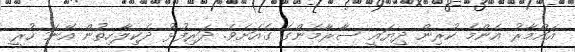
އައްމާރު އެންމެ ކުރިން ދިޔައީ ސާރާމެންގެ ގެއަށެވެ. ދަރިފުޅު ދެކިލާހިތުން އޭނަ ހުރީ